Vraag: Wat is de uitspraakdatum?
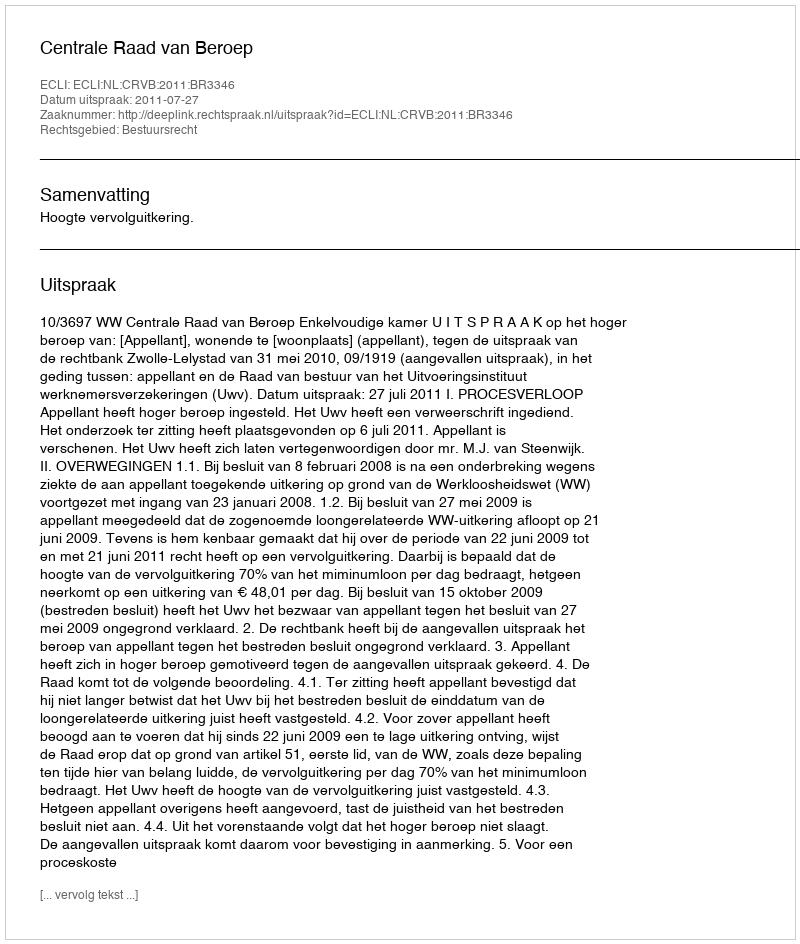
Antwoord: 2011-07-27